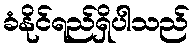
ခံနိုင်ရည်ရှိပါသည်